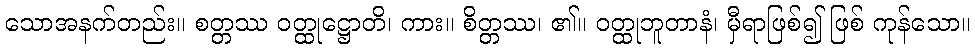
သောအနက်တည်း။ စတ္တဿ ဝတ္ထုဋ္ဌောတိ၊ ကား။ စိတ္တဿ၊ ၏။ ဝတ္ထုဘူတာနံ၊ မှီရာဖြစ်၍ ဖြစ် ကုန်သော။